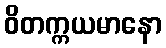
ဝိတက္ကယမာနော